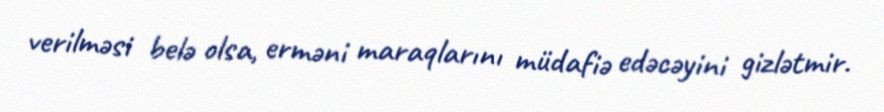
verilməsi belə olsa, erməni maraqlarını müdafiə edəcəyini gizlətmir.